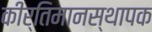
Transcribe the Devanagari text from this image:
कीर्तिमानस्थापक